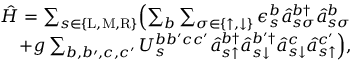
\begin{array} { r } { \hat { H } = \sum _ { s \in \{ \mathrm { L } , \mathrm { M } , \mathrm { R } \} } \Bigl ( \sum _ { b } \sum _ { \sigma \in \{ \uparrow , \downarrow \} } \epsilon _ { s } ^ { b } \hat { a } _ { s \sigma } ^ { b \dagger } \hat { a } _ { s \sigma } ^ { b } } \\ { + g \sum _ { b , b \prime , c , c ^ { \prime } } U _ { s } ^ { b b ^ { \prime } c c ^ { \prime } } \hat { a } _ { s \uparrow } ^ { b \dagger } \hat { a } _ { s \downarrow } ^ { b ^ { \prime } \dagger } \hat { a } _ { s \downarrow } ^ { c } \hat { a } _ { s \uparrow } ^ { c ^ { \prime } } \Bigr ) , } \end{array}